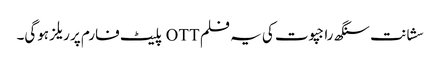
سشانت سنگھ راجپوت کی یہ فلم OTT پلیٹ فارم پر ریلز ہوگی۔